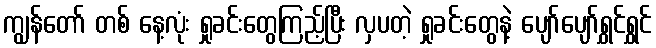
ကျွန်တော် တစ် နေ့လုံး ရှုခင်းတွေကြည့်ပြီး လှပတဲ့ ရှုခင်းတွေနဲ့ ပျော်ပျော်ရွှင်ရွှင်